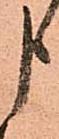
申